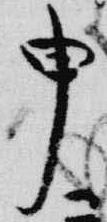
申